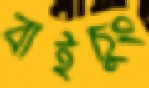
বাইচুং